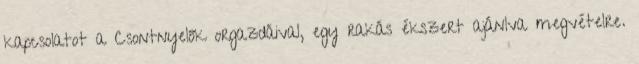
kapcsolatot a Csontnyelők orgazdáival, egy rakás ékszert ajánlva megvételre.